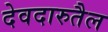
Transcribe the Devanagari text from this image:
देवदारुतैल